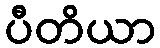
ပီတိယာ